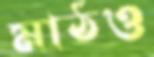
মাঠও